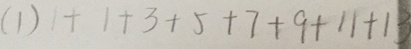
( 1 ) 1 + 1 + 3 + 5 + 7 + 9 + 1 1 + 1 3